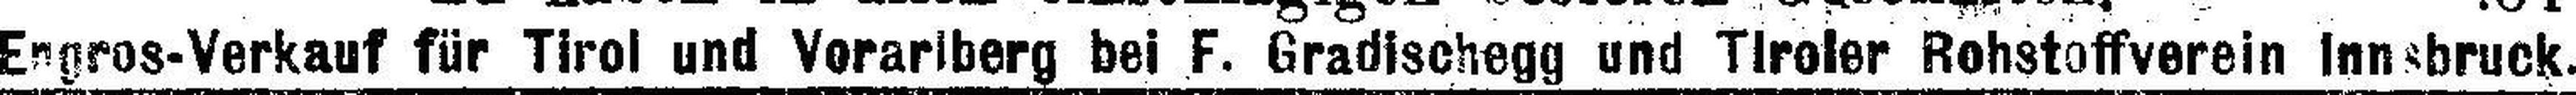
Engros-Verkauf für Tirol und Vorarlberg bei F. Gradischegg und Tiroler Rohstoffverein Innsbruck.